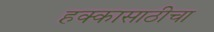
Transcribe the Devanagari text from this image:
हक्कासाठीचा